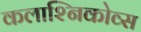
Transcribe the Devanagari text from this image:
कलाश्निकोव्स